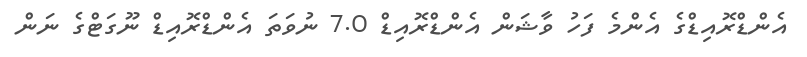
އެންޑްރޮއިޑްގެ އެންމެ ފަހު ވާޝަން އެންޑްރޮއިޑް 7.0 ނުވަތަ އެންޑްރޮއިޑް ނޫގަޓްގެ ނަން